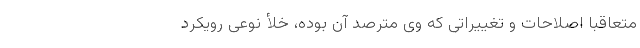
متعاقباً اصلاحات و تغییراتی که وی مترصدّ آن بوده، خلأ نوعی رویکرد